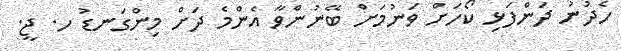
ހެދުނު ދަންފަޅި ކޯހަށް ވަނުމަށް ބޭނުންވާ އެންމެ ދަށް މިންގަނޑު ހ. ޖީ.